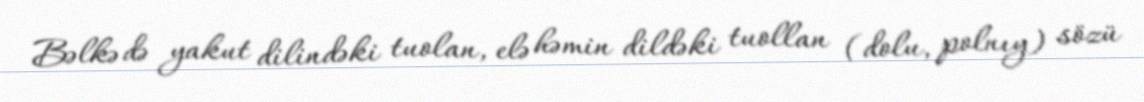
Bəlkə də yakut dilindəki tuolan, elə həmin dildəki tuollan (dolu, polnıy) sözü